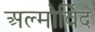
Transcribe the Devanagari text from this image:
अल्मोर्विद